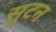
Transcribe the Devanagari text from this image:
सुटन